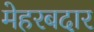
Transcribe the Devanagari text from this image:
मेहरबदार